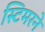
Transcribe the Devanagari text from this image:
स्टिमरने